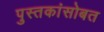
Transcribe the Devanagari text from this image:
पुस्तकांसोबत